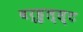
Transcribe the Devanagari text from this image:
वर्हुल्स्ट